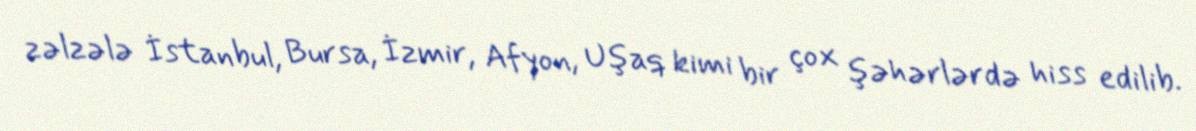
zəlzələ İstanbul, Bursa, İzmir, Afyon, Uşaq kimi bir çox şəhərlərdə hiss edilib.